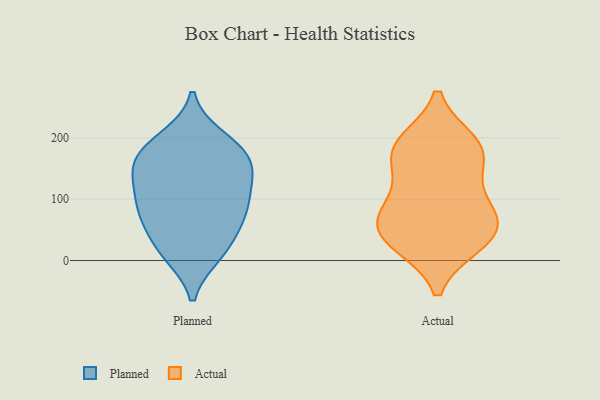
{"axis": {"x": "Revenue (USD Million)", "y": "Value"}, "legend": ["Actual", "Planned"], "data": [{"x": "", "y": 77, "type": "Planned"}, {"x": "", "y": 132, "type": "Planned"}, {"x": "", "y": 100, "type": "Planned"}, {"x": "", "y": 86, "type": "Planned"}, {"x": "", "y": 185, "type": "Planned"}, {"x": "", "y": 60, "type": "Planned"}, {"x": "", "y": 63, "type": "Planned"}, {"x": "", "y": 106, "type": "Planned"}, {"x": "", "y": 188, "type": "Planned"}, {"x": "", "y": 11, "type": "Planned"}, {"x": "", "y": 164, "type": "Planned"}, {"x": "", "y": 22, "type": "Planned"}, {"x": "", "y": 158, "type": "Planned"}, {"x": "", "y": 10, "type": "Planned"}, {"x": "", "y": 155, "type": "Planned"}, {"x": "", "y": 139, "type": "Planned"}, {"x": "", "y": 200, "type": "Planned"}, {"x": "", "y": 63, "type": "Actual"}, {"x": "", "y": 137, "type": "Actual"}, {"x": "", "y": 192, "type": "Actual"}, {"x": "", "y": 86, "type": "Actual"}, {"x": "", "y": 28, "type": "Actual"}, {"x": "", "y": 27, "type": "Actual"}, {"x": "", "y": 167, "type": "Actual"}, {"x": "", "y": 62, "type": "Actual"}, {"x": "", "y": 182, "type": "Actual"}, {"x": "", "y": 84, "type": "Actual"}, {"x": "", "y": 38, "type": "Actual"}, {"x": "", "y": 189, "type": "Actual"}]}